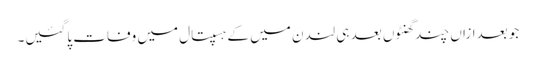
جو بعدازاں چند گھنٹوں بعد ہی لندن میں کے ہسپتال میں وفات پاگئیں۔